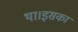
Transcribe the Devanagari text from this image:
था।इसका